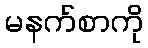
မနက်စာကို